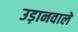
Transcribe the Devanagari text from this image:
उड़ानवाले